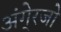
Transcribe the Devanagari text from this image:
अंगे्रजो